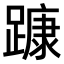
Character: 𨄗